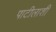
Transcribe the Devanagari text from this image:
पाटीलाशी